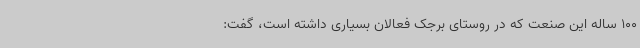
100 ساله این صنعت که در روستای برجک فعالان بسیاری داشته است، گفت: